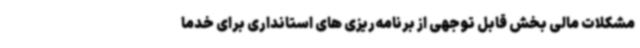
مشکلات مالی بخش قابل توجهی از برنامه‌ریزی های استانداری برای خدما